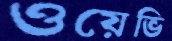
ওয়েভি